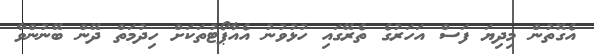
އެގޮތުން މިދިޔަ ފަސް އަހަރުގެ ތެރޭގައި ހުޅުވުނު އެއާޕޯޓުތަކަށް ހިދުމަތް ދޭން ބޭނުންވާ